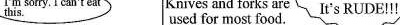
I'm sorry. I can't eat Knives and forks areIt's RUDE!!! Offered more food,but can't eat used for most food. No,thanks, It's delicious,but I've had enough finger food The golden rule:Watch the other people. Do as they do! ( )1. What time do western people usually have dinner? A. About midday. B.At 5:00 in the afternoon. C. Around 7 p. M. Or even later. D. Before 7:00 in the afternoon. ( )2. Most food in the West is eaten with_ A. spoons B. chopsticks C. fingers D. knives and forks ( )3.What will a host probably say to a guest at the start of a meal? A."Can I help you?" B."Eat slowly!" C."Help yourself!" D."Could you serve me?" ( )4.When might people want to say,"I'm sorry, I can't eat this."? A. If they've been given something they don't like. B.If they are full. C. If the hosts keep offering a lot of food to them. D.If they are not hungry. ( )5. Which of the following is helpful when you're in the West according to the poster? A.You can leave as soon as you've finished eating. B.If you don't know what to do,just watch the others and do as they do. C. You can't eat chicken legs with your fingers. D. The fork is held in your right hand and the knife in your left.